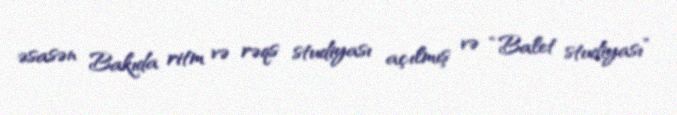
əsasən Bakıda ritm və rəqs studiyası açılmış və “Balet studiyası”